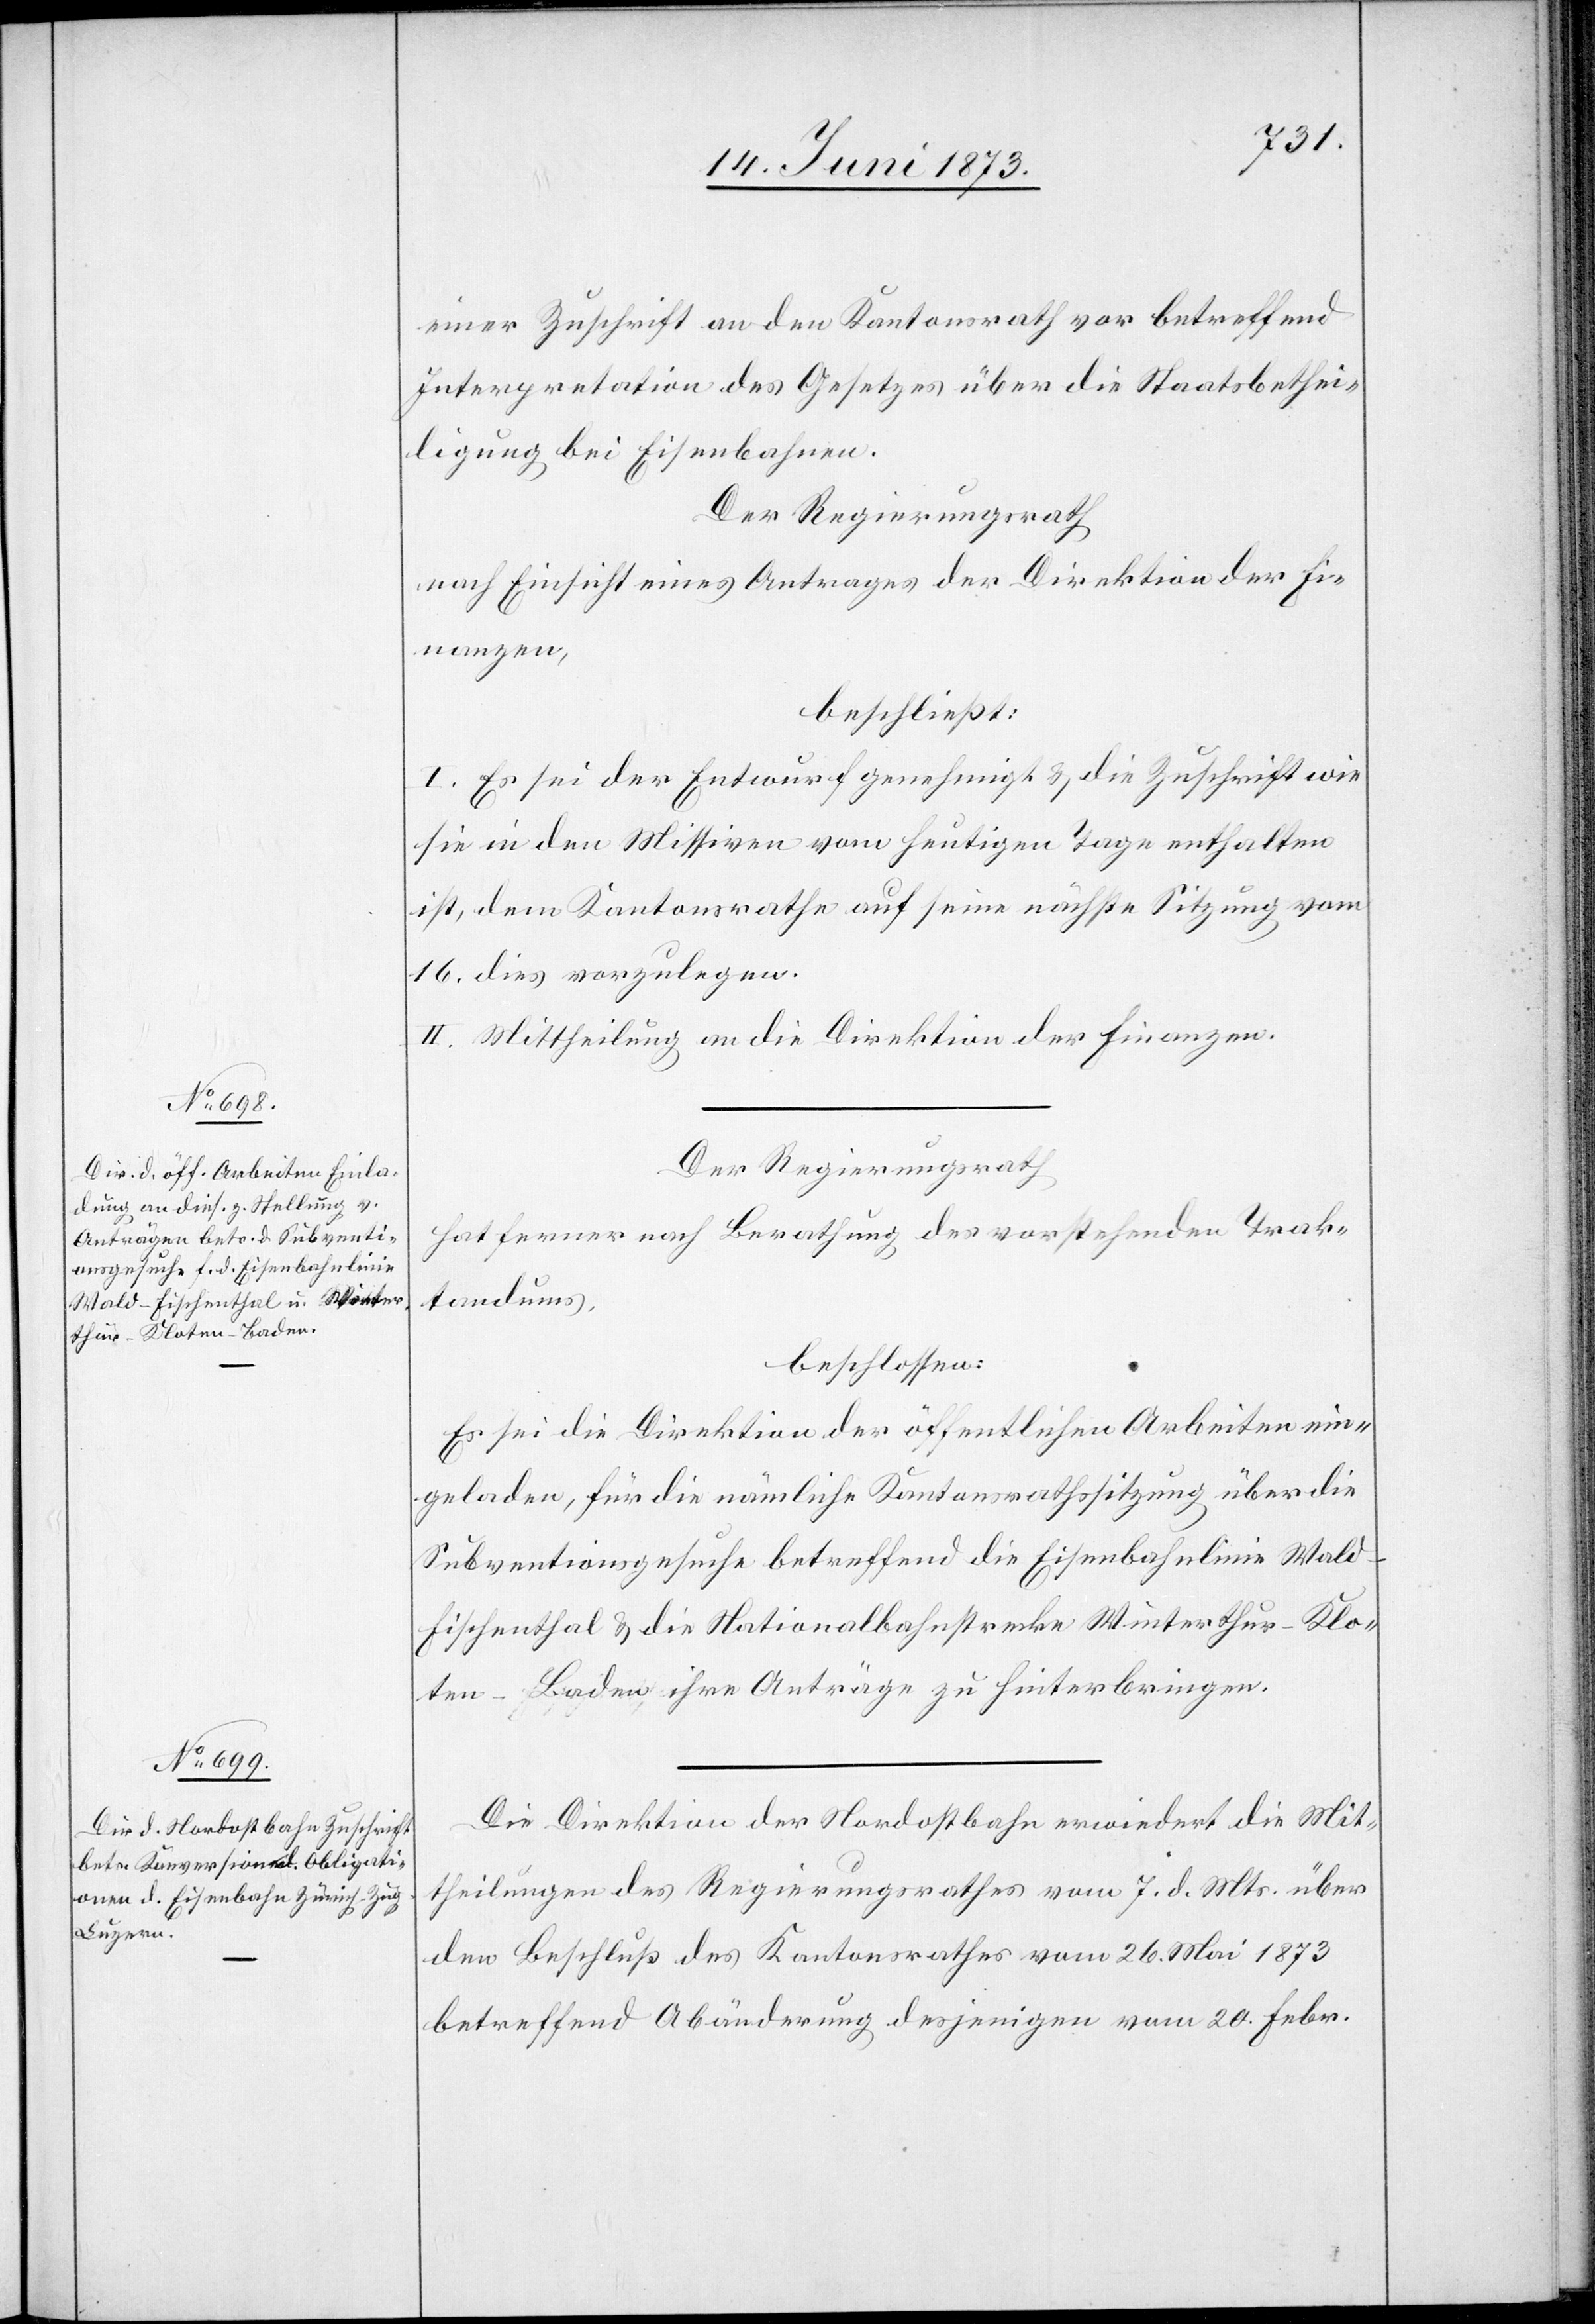
einer Zuschrift an den Kantonsrath vor betreffend
Interpretation des Gesetzes über die Staatsbethei¬
ligung bei Eisenbahnen.
Der Regierungsrath
nach Einsicht eines Antrages der Direktion der Fi¬
nanzen,
beschließt:
I. Es sei der Entwurf genehmigt & die Zuschrift wie
sie in den Missiven vom heutigen Tage enthalten
ist, dem Kantonsrathe auf seine nächste Sitzung vom
16. dies vorzulegen.
II. Mittheilung an die Direktion der Finanzen.
Der Regierungsrath
hat ferner nach Berathung des vorstehenden Trak¬
tandums,
beschlossen:
Es sei die Direktion der öffentlichen Arbeiten ein¬
geladen, für die nämliche Kantonsrathssitzung über die
Subventionsgesuche betreffend die Eisenbahnlinie Wal¬
d–Fischenthal & die Nationalbahnstrecke Winterthur–Klo¬
ten–Baden ihre Anträge zu hinterbringen.
Die Direktion der Nordostbahn erwiedert die Mit¬
theilungen des Regierungsrathes vom 7. d. Mts. über
den Beschluß des Kantonsrathes vom 26. Mai 1873
betreffend Abänderung desjenigen vom 20. Febr.